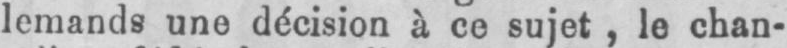
lemands une décision à ce sujet, le chan-